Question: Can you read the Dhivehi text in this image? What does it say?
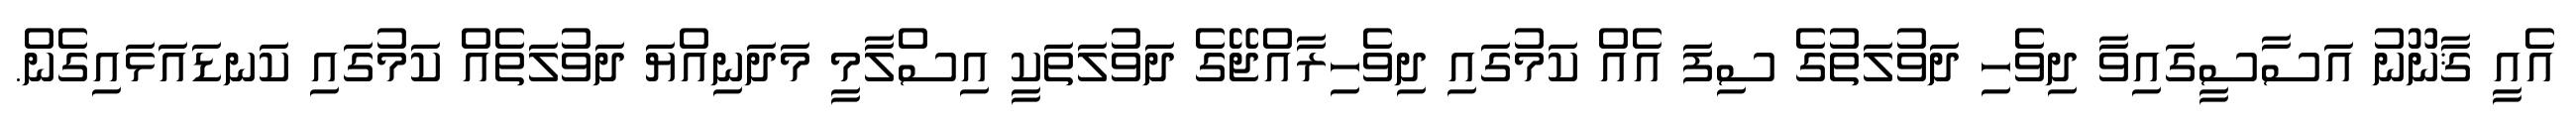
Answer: އެއީ ޤާނޫނު އަސާސީގައިވާ ދިވެހި ދަވުލަތުގެ ސިފަ އެއް ކަމުގައި ދިވެހިރާއްޖޭގެ ދަވުލަތަކީ އިސްލާމީ މަދަނިއްޔަ ދަވުލަތެއް ކަމުގައި ކަނޑައަޅައިގެން.